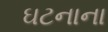
ઘટનાના